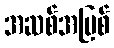
အဆစ်အမြစ်